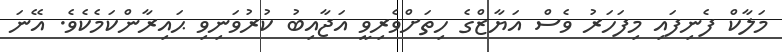
މަލާކް ފެނިފައި މިފަހަރު ވެސް އަޔާޒްގެ ހިތަށްވެރިވީ އަޖާއިބު ކުރުވަނިވި ޙައިރާންކަމެކެވެ. އޭނަ